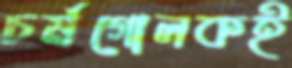
চর্মগোলকই